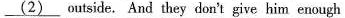
\underline{(2)} outside. And they don't give him enough